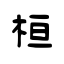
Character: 桓